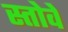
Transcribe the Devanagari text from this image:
स्तोवे